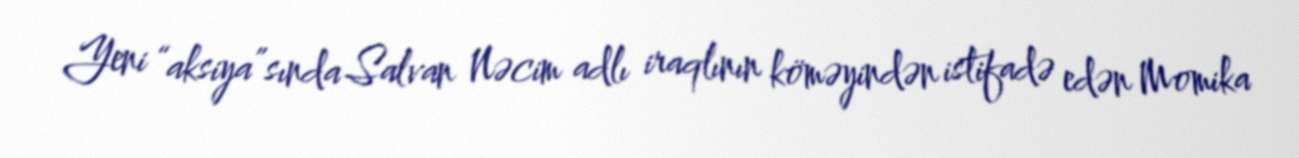
Yeni “aksiya”sında Salvan Nəcim adlı iraqlının köməyindən istifadə edən Momika